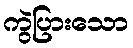
ကွဲပြားသော